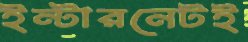
ইন্টারনেটই